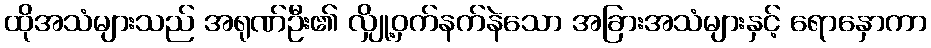
ထိုအသံများသည် အရုဏ်ဦး၏ လျှို့ဝှက်နက်နဲသော အခြားအသံများနှင့် ရောနှောကာ